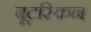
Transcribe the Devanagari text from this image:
बूटस्किन